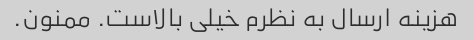
هزینه ارسال به نظرم خیلی بالاست. ممنون.